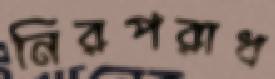
নিরপরাধ